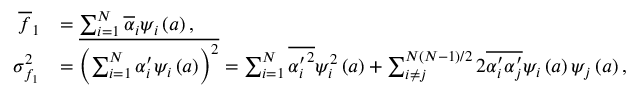
\begin{array} { r l } { \overline { { f } } _ { 1 } } & { = \sum _ { i = 1 } ^ { N } \overline { { \alpha } } _ { i } \psi _ { i } \left( \boldsymbol { a } \right) , } \\ { \sigma _ { f _ { 1 } } ^ { 2 } } & { = \overline { { \left( \sum _ { i = 1 } ^ { N } \alpha _ { i } ^ { \prime } \psi _ { i } \left( \boldsymbol { a } \right) \right) ^ { 2 } } } = \sum _ { i = 1 } ^ { N } \overline { { { \alpha _ { i } ^ { \prime } } ^ { 2 } } } \psi _ { i } ^ { 2 } \left( \boldsymbol { a } \right) + \sum _ { i \neq j } ^ { N ( N - 1 ) / 2 } 2 \overline { { \alpha _ { i } ^ { \prime } \alpha _ { j } ^ { \prime } } } \psi _ { i } \left( \boldsymbol { a } \right) \psi _ { j } \left( \boldsymbol { a } \right) , } \end{array}